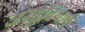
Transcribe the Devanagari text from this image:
जनसुविधाएं